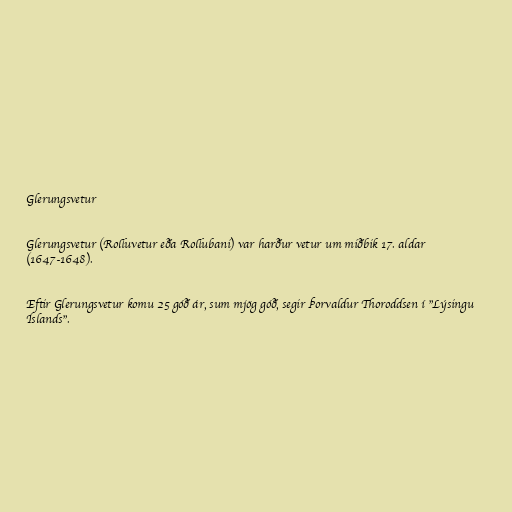
Glerungsvetur

Glerungsvetur (Rolluvetur eða Rollubani) var harður vetur um miðbik 17. aldar
(1647-1648).

Eftir Glerungsvetur komu 25 góð ár, sum mjög góð, segir Þorvaldur Thoroddsen í "Lýsingu
Íslands".